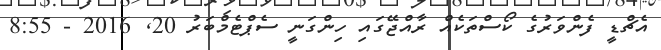
އެޗްޑީ ފެންވަރުގެ ކޯސްތަކެއް ރާއްޖޭގައި ހިންގަނީ ސެޕްޓެމްބަރު 20